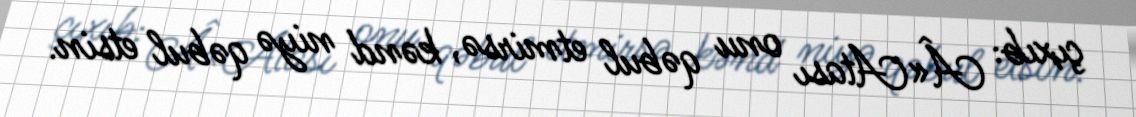
çıxıb: Â«Atası onu qəbul etmirsə, kənd niyə qəbul etsin.